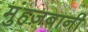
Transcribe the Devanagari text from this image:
मुंहज़बानी